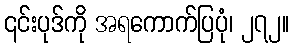
၎င်းပုဒ်ကို အရကောက်ပြပုံ၊ ၂၇၂။